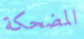
المضحكة